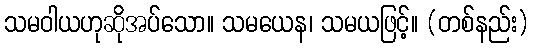
သမဝါယဟုဆိုအပ်သော။ သမယေန၊ သမယဖြင့်။ (တစ်နည်း)